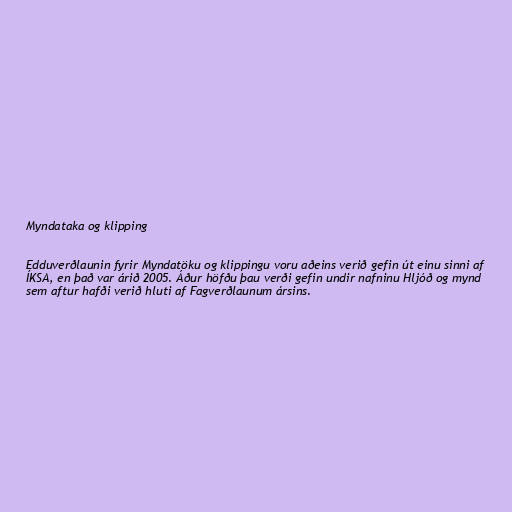
Myndataka og klipping

Edduverðlaunin fyrir Myndatöku og klippingu voru aðeins verið gefin út einu sinni af
ÍKSA, en það var árið 2005. Áður höfðu þau verði gefin undir nafninu Hljóð og mynd
sem aftur hafði verið hluti af Fagverðlaunum ársins.